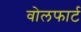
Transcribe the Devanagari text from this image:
वोलफार्ट